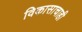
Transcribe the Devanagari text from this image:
विकासाचाही